Plague in India, 1896, 1897 - Volume 3
Year: 1896
Disease focus: Plague
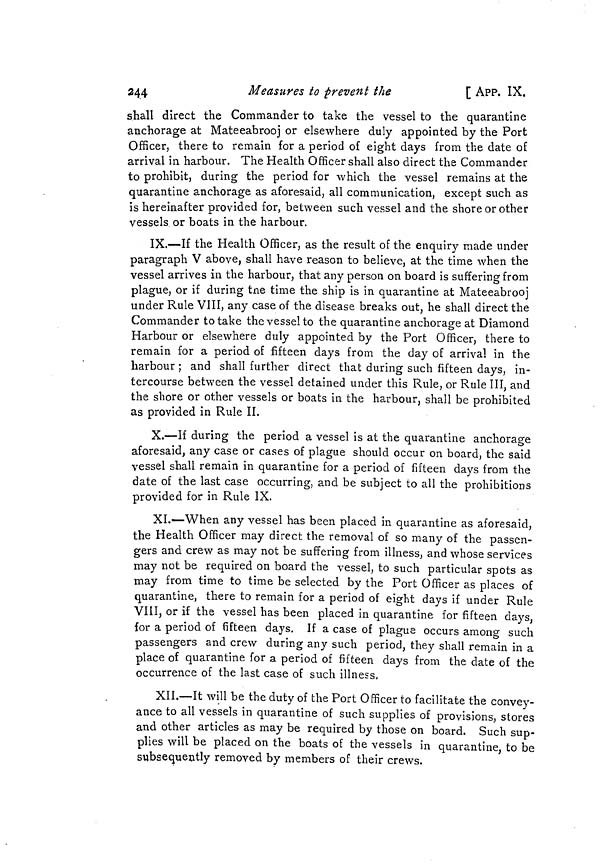
244
Measures to prevent the
[ APP. IX.
shall direct the Commander to take the vessel to the quarantine
anchorage at Mateeabrooj or elsewhere duly appointed by the Port
Officer, there to remain for a period of eight days from the date of
arrival in harbour. The Health Officer shall also direct the Commander
to prohibit, during the period for which the vessel remains at the
quarantine anchorage as aforesaid, all communication, except such as
is hereinafter provided for, between such vessel and the shore or other
vessels or boats in the harbour.
IX.—If the Health Officer, as the result of the enquiry made under
paragraph V above, shall have reason to believe, at the time when the
vessel arrives in the harbour, that any person on board is suffering from
plague, or if during tne time the ship is in quarantine at Mateeabrooj
under Rule VIII, any case of the disease breaks out, he shall direct the
Commander to take the vessel to the quarantine anchorage at Diamond
Harbour or elsewhere duly appointed by the Port Officer, there to
remain for a period of fifteen days from the day of arrival in the
harbour ; and shall further direct that during such fifteen days, in-
tercourse between the vessel detained under this Rule, or Rule III, and
the shore or other vessels or boats in the harbour, shall be prohibited
as provided in Rule II.
X.—If during the period a vessel is at the quarantine anchorage
aforesaid, any case or cases of plague should occur on board, the said
vessel shall remain in quarantine for a period of fifteen days from the
date of the last case occurring, and be subject to all the prohibitions
provided for in Rule IX.
XI.—When any vessel has been placed in quarantine as aforesaid,
the Health Officer may direct the removal of so many of the passen-
gers and crew as may not be suffering from illness, and whose services
may not be required on board the vessel, to such particular spots as
may from time to time be selected by the Port Officer as places of
quarantine, there to remain for a period of eight days if under Rule
VIII, or if the vessel has been placed in quarantine for fifteen days,
for a period of fifteen days. If a case of plague occurs among such
passengers and crew during any such period, they shall remain in a
place of quarantine for a period of fifteen days from the date of the
occurrence of the last case of such illness.
XII.—It will be the duty of the Port Officer to facilitate the convey-
ance to all vessels in quarantine of such supplies of provisions, stores
and other articles as may be required by those on board. Such sup-
plies will be placed on the boats of the vessels in quarantine, to be
subsequently removed by members of their crews.